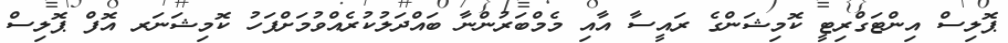
ޕޮލިސް އިންޓަގްރިޓީ ކޮމިޝަންގެ ރައީސާ އާއި މެމްބަރުންނާ ބައްދަލުކުރެއްވުމަށްފަހު ކޮމިޝަނަރ އޮފް ޕޮލިސް